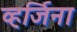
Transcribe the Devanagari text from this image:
व्हर्जिना